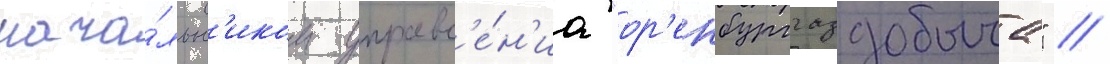
нача́льн'иком управл'е́н'иа "ор'енбурггаздобыча" //